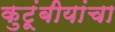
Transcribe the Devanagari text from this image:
कुटूंबीयांचा